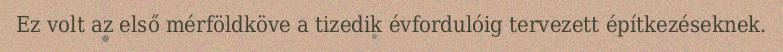
Ez volt az első mérföldköve a tizedik évfordulóig tervezett építkezéseknek.